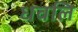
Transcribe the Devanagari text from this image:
धवलि